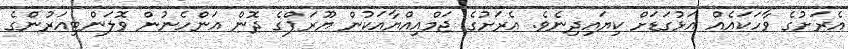
އެރަށުގެ ވާހަކައެއް އަޅުގަޑަށް ކިޔައިދިނެވެ. އެރަށުގެ ޖަމްއިއްޔާއަކުން ޔޫރަޕްގެ ދޮން އަންހެނުން ވޮލަންޓިއަރުންގެ